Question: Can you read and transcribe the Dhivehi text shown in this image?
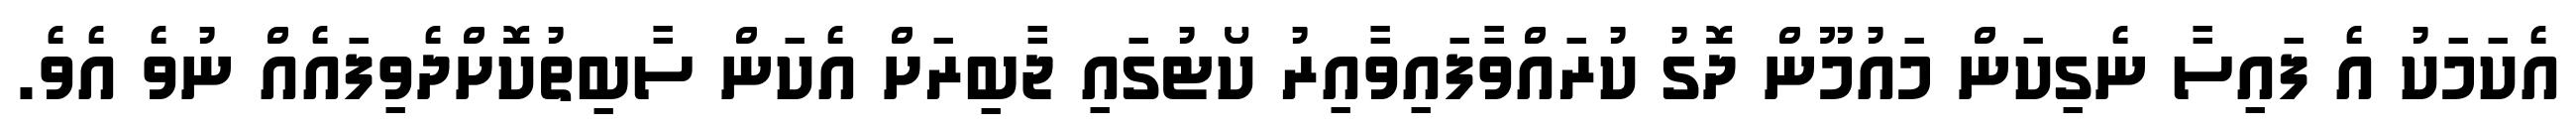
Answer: އެކަމަކު އެ ފައިސާ ނެގިކަން މައުމޫން ދޮގު ކުރައްވާފައިވާއިރު ކޯޓުގައި ޖާބިރަށް އެކަން ސާބިތުކޮށްދެވިފައެއް ނުވެ އެވެ.